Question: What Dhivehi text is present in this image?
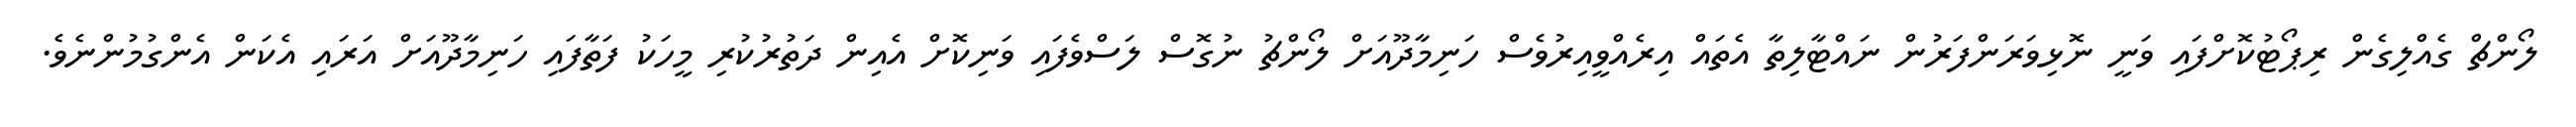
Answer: ލޯންޗް ގެއްލިގެން ރިޕޯޓުކޮށްފައި ވަނީ ނޮޅިވަރަންފަރުން ނައްޓާލިތާ އެތައް އިރެއްވީއިރުވެސް ހަނިމާދޫއަށް ލޯންޗު ނުގޮސް ލަސްވެފައި ވަނިކޮށް އެއިން ދަތުރުކުރި މީހަކު ފަތާފައި ހަނިމާދޫއަށް އަރައި އެކަން އެންގުމުންނެވެ.